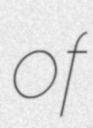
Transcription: of